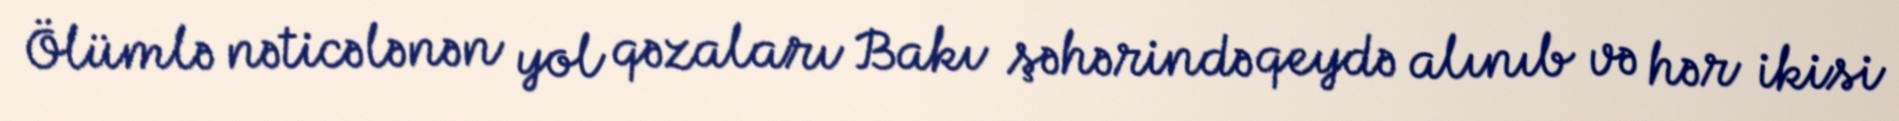
Ölümlə nəticələnən yol qəzaları Bakı şəhərində qeydə alınıb və hər ikisi